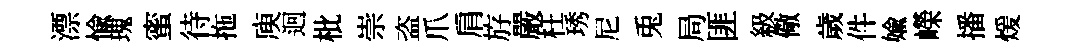
漂愉瑰蜜待拖庾迥枇崇盗爪肩斿嚴枉琇尼兎局匪級儆歲件媮嶸播煖